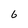
Character: 6